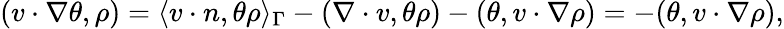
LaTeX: \begin{array}{r}{(v\cdot\nabla\theta,\rho)=\langle v\cdot n,\theta\rho\rangle_{\Gamma}-(\nabla\cdot v,\theta\rho)-(\theta,v\cdot\nabla\rho)=-(\theta,v\cdot\nabla\rho),}\end{array}